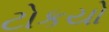
ટોકયો